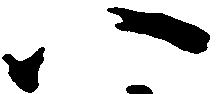
八